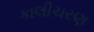
કાલીચરણ